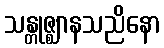
သန္တုဇ္ဈာနသညိနော